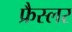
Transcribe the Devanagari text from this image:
फ्रैस्लर